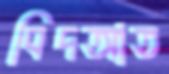
বিদআত